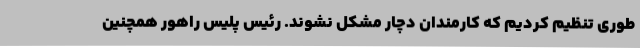
طوری تنظیم کردیم که کارمندان دچار مشکل نشوند. رئیس پلیس راهور همچنین